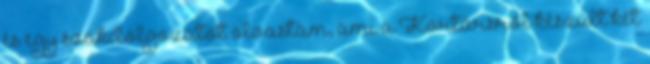
és egy szakdolgozatot olvastam, ami a Kortársról készült két